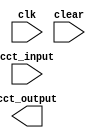
module student_circuit_Q3b (
          input clk, clear,
          input [7:0] cct_input,
          output reg [7:0] cct_output
			 );



endmodule